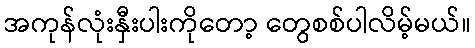
အကုန်လုံးနှီးပါးကိုတော့ တွေစစ်ပါလိမ့်မယ်။